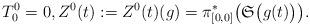
LaTeX: \begin{align*} T^0_0=0,Z^0(t):=Z^0(t) (g)= \pi^*_{[0,0]}\bigl(\mathfrak{S}\bigl(g(t)\bigr)\bigr).\end{align*}